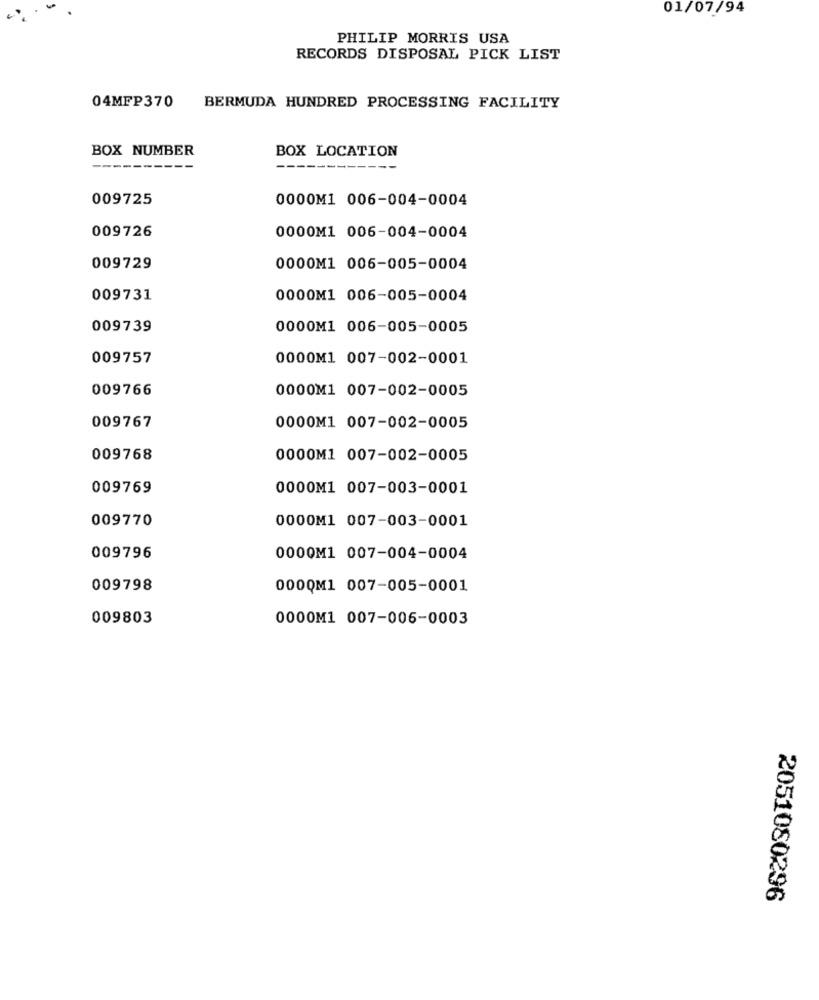
01/07/94
PHILIP MORRIS USA
RECORDS DISPOSAL PICK LIST
04MFP370
BERMUDA HUNDRED PROCESSING FACILITY
BOX NUMBER
BOX LOCATION
009725
0000M1 006-004-0004
009726
0000M1 006-004-0004
009729
0000M1 006-005-0004
009731
0000M1 006-005-0004
009739
0000M1 006-005-0005
009757
0000M1 007-002-0001
009766
0000M1 007-002-0005
009767
0000M1 007-002-0005
009768
0000M1 007-002-0005
009769
0000M1 007-003-0001
009770
0000M1 007-003-0001
009796
0000M1 007-004-0004
009798
000QM1 007-005-0001
009803
0000M1 007-006-0003
2051080296